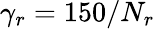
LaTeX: \gamma_{r}=150/N_{r}